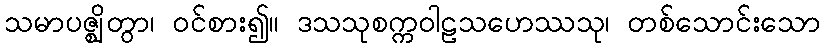
သမာပဇ္ဈိတွာ၊ ဝင်စား၍။ ဒသသုစက္ကဝါဠသဟေဿသု၊ တစ်သောင်းသော